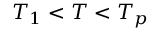
T _ { 1 } < T < T _ { p }